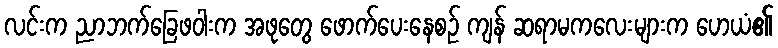
လင်းက ညာဘက်ခြေဖဝါးက အဖုတွေ ဖောက်ပေးနေစဉ် ကျန် ဆရာမကလေးများက ဟေယံ၏